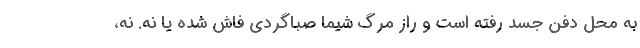
به محل دفن جسد رفته است و راز مرگ شیما صباگردی فاش شده یا نه. نه،